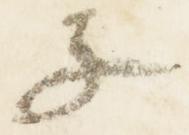
子